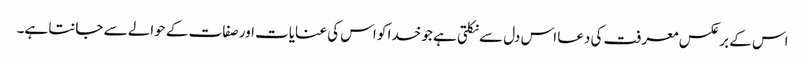
اس کے برعکس معرفت کی دعا اس دل سے نکلتی ہے جو خدا کو اس کی عنایات اور صفات کے حوالے سے جانتا ہے۔